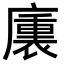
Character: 𭚁